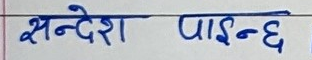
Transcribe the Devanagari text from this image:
सन्देश पाइन्छ